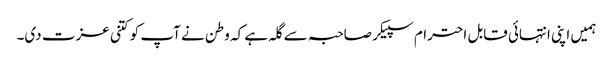
ہمیں اپنی انتہائی قابل احترام سپیکر صاحبہ سے گلہ ہے کہ وطن نے آپ کو کتنی عزت دی۔